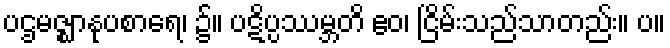
ပဌမဇ္ဈာနုပစာရေ၊ ၌။ ပဋိပ္ပဿမ္ဘတိ ဧဝ၊ ငြိမ်းသည်သာတည်း။ ပ။